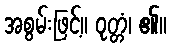
အစွမ်းဖြင့်။ ဝုတ္တံ၊ ၏။